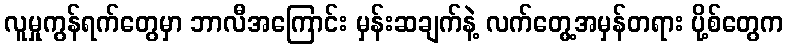
လူမှုကွန်ရက်တွေမှာ ဘာလီအကြောင်း မှန်းဆချက်နဲ့ လက်တွေ့အမှန်တရား ပို့စ်တွေက